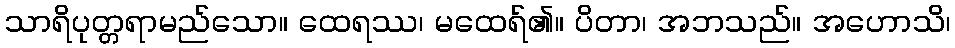
သာရိပုတ္တရာမည်သော။ ထေရဿ၊ မထေရ်၏။ ပိတာ၊ အဘသည်။ အဟောသိ၊